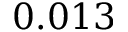
0 . 0 1 3